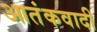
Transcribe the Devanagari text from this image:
आतंंकवादी